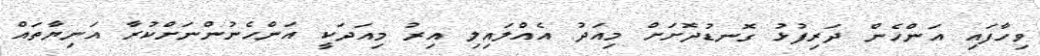
ވިހާފައި އަންހެން ދަރިފުޅު ގޮނޑުދޮށަށް މިއަދު އެއްލައިލި އިރު މިއަދަކީ އަންހެނުންނަށްކުރާ އަނިޔާތައް